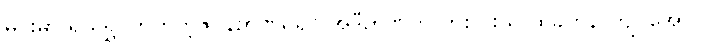
မင်းမှာ ရယ်ရွှင်တတ်တဲ့ဇဝနဉာဏ်ရှိရင် အဲဒီဉာဏ်ကို တစ်ပါးသူ ထိခိုက်နာကျင်အောင်